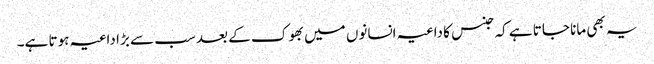
یہ بھی مانا جاتا ہے کہ جنس کا داعیہ انسانوں میں بھوک کے بعد سب سے بڑا داعیہ ہوتا ہے۔